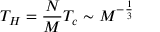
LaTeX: T _ { H } = \frac { N } { M } T _ { c } \sim M ^ { - \frac { 1 } { 3 } }